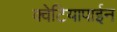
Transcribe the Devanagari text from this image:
क्वेटियापाईन